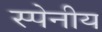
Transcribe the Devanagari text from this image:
स्पेनीय